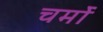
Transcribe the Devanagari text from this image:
चर्मो